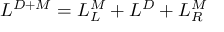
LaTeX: { \cal { L } } ^ { D + M } = { \cal { L } } _ { L } ^ { M } + { \cal { L } } ^ { D } + { \cal { L } } _ { R } ^ { M }